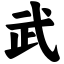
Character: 武